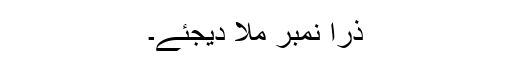
ذرا نمبر ملا دیجئے۔